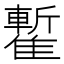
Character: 𩀧